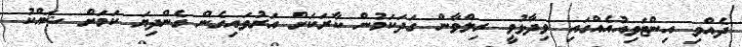
ދެއްވި އިންޓަވިއުއެއްގައި ވިދާޅުވީ ރިލްވާން ގަދަކަމުން ކާރަކަށް އަރުވައިގެން ގެންދިޔަ ކަމަށް ޝައްކު